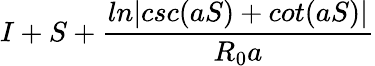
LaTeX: I+S+\frac{ln|csc(aS)+cot(aS)|}{R_{0}a}